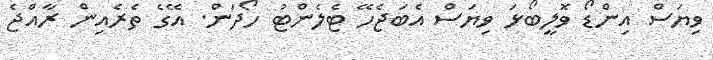
ވިޔަސް އިންޑޯ ވޮލީބޯޅަ ވިޔަސް އެބަޖެހޭ ޓެލެންޓު ހޯދަން. އޭގެ ތެރެއިން ރާއްޖެ